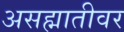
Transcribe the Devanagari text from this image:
असह्मातीवर